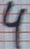
Text: 4